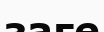
заге